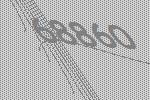
68860